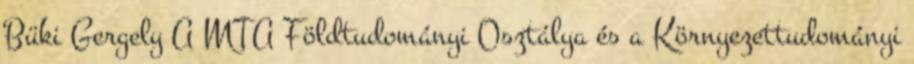
Büki Gergely A MTA Földtudományi Osztálya és a Környezettudományi